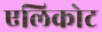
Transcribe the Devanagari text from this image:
एलिकोट